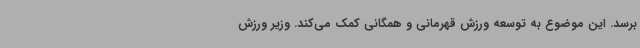
برسد. این موضوع به توسعه ورزش قهرمانی و همگانی کمک می‌کند. وزیر ورزش